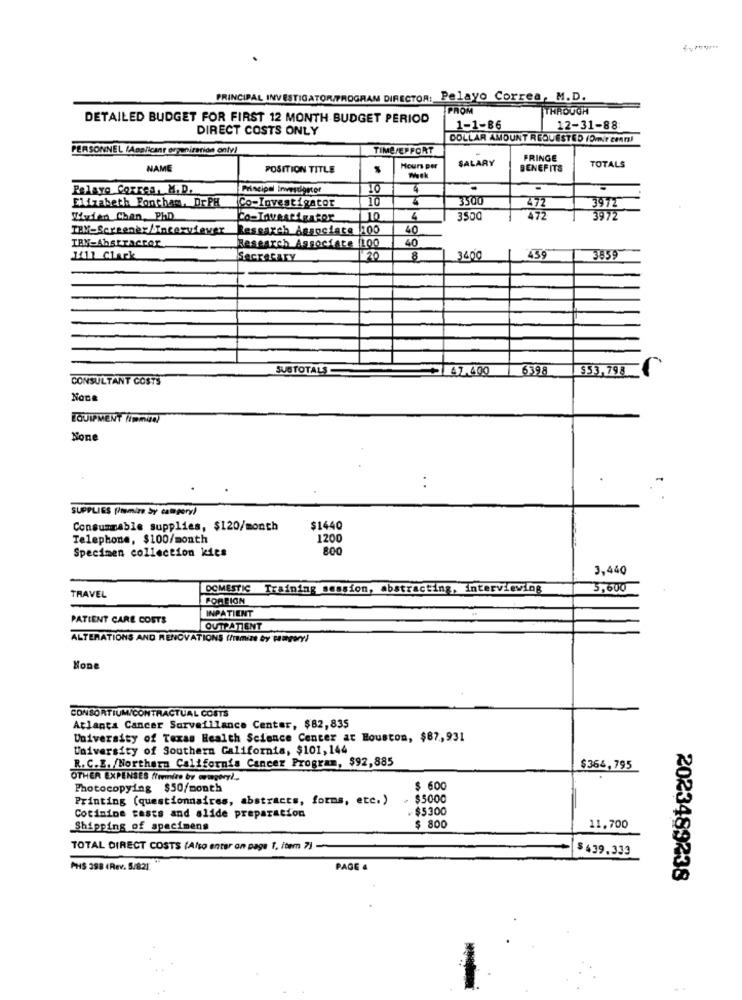
PRINCIPAL INVESTIGATOR/PROGRAM DIRECTOR: Pelayo Correa, M.D.
FROM
THROUGH
DETAILED BUDGET FOR FIRST 12 MONTH BUDGET PERIOD
DIRECT COSTS ONLY
1-1-86
12-31-88
DOLLAR AMOUNT REQUESTED (Omir cmr)
PERSONNEL (Applicant organization only!
TIME/EFFORT
SALARY
FRINGE
NAME
POSITION TITLE
Hours per
BENEFITS
TOTALS
Pelayo Corres, M.D.
Principal Investigator
10
4
Elizabeth Fontham, Dr.PH
10
4
3500
Co-Investigator
472
3972
Waden Chan, PHD
10
4
3500
477
3972
Research Associate 1100
40
TBM-Abstracter
40
Research Associate (100
1411 Clark
Secretary
20
8
340℃
459
385
SUBTOTALS
47.400
6398
$53,798 €
CONSULTANT COSTS
NOne
EQUIPMENT /immun)
. .
SUPPLIES (romine by campers)
Consummable supplies, $120/month
$1440
Telephone, $100/month
1200
800
Specimen collection kies
3,440
DOMESTIC Training session, abstracting, interviewing
3,600
TRAVEL
FOREIGN
INPATIENT
PATIENT CARE COSTS
OUTPATIENT
ALTERATIONS AND RENOVATIONS (/Temize by tamgery)
CONSORTIUM/CONTRACTUAL COSTS
Atlanta Cancer Surveillance Center, $82,835
University of Texas Health Science Center at Houston, $87,931
University of Southern California, $101,144
R. C.E. /Northern California Cancer Program, $92,885
$364,795
OTHER EXPENSES firmino by winery !.
Photocopying $50/month
$ 600
Printing (questionnaires, abstracts, forms, etc.)
- $5000
. $5300
Cotimine tests and alide preparation
Shipping of specimens
$ 800
11.700
TOTAL DIRECT COSTS (Also enter on page 1, item 7)
$439.333
PHS 398 (Rev. 5/82)
PAGE .
2023489238